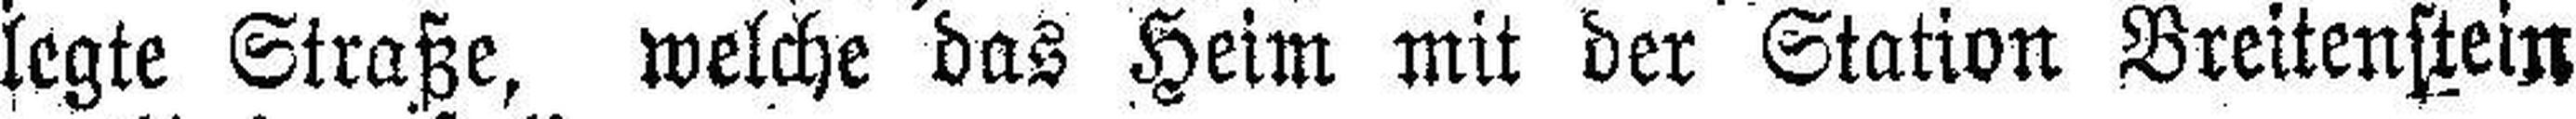
legte Straße, welche das Heim mit der Station Breitenstein